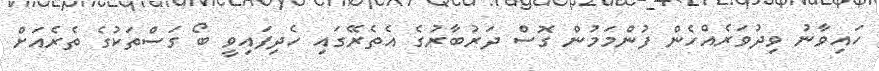
ހައިވާނު ވިދުވަރެއްހެން ފުންމަމުން ގޮސް ދަރުބާރުގެ އެތެރޭގައި ހެދިފައިވީ ބޯ ގަސްތަކުގެ ތެރެއަށް